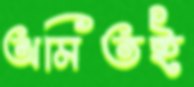
অমিতই